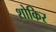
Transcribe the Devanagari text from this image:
शोकिर